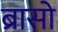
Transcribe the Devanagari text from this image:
ब्रासो